Annual report of the Punjab Veterinary College and of the Civil Veterinary Department, Punjab - 1920-1925
Year: 1920
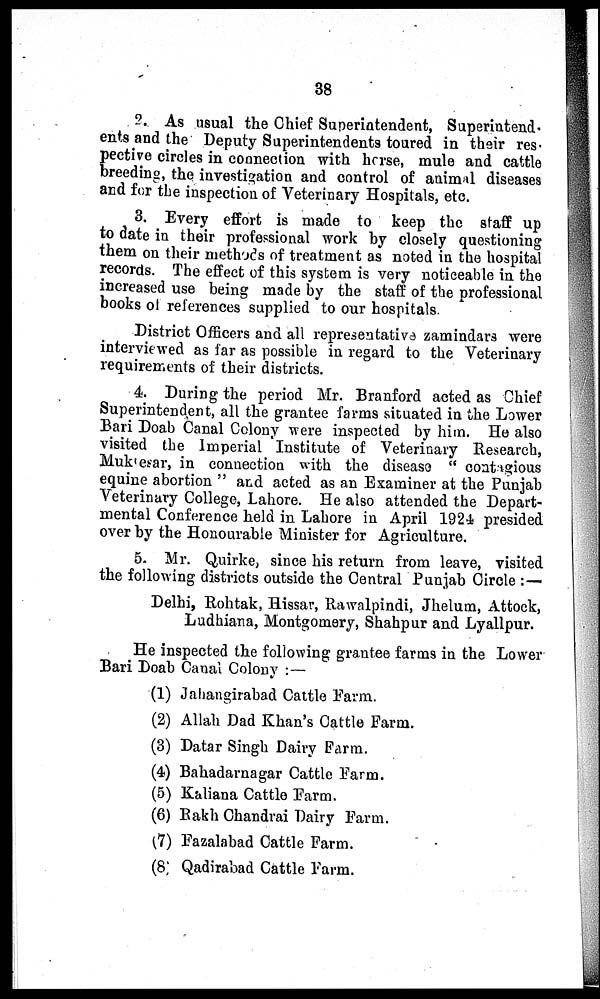
38
2. As usual the Chief Superintendent, Superintend-
ents and the Deputy Superintendents toured in their res-
pective circles in connection with horse, mule and cattle
breeding, the investigation and control of animal diseases
and for the inspection of Veterinary Hospitals, etc.
3. Every effort is made to keep the staff up
to date in their professional work by closely questioning
them on their methods of treatment as noted in the hospital
records. The effect of this system is very noticeable in the
increased use being made by the staff of the professional
books of references supplied to our hospitals.
District Officers and all representative zamindars were
interviewed as far as possible in regard to the Veterinary
requirements of their districts.
4. During the period Mr. Branford acted as Chief
Superintendent, all the grantee farms situated in the Lower
Bari Doab Canal Colony were inspected by him. He also
visited the Imperial Institute of Veterinary Research,
Mukresar, in connection with the disease "contagious
equine abortion" and acted as an Examiner at the Punjab
Veterinary College, Lahore. He also attended the Depart-
mental Conference held in Lahore in April 1924 presided
over by the Honourable Minister for Agriculture.
5. Mr. Quirke, since his return from leave, visited
the following districts outside the Central Punjab Circle:—
Delhi, Rohtak, Hissar, Rawalpindi, Jhelum, Attock,
Ludhiana, Montgomery, Shahpur and Lyallpur.
He inspected the following grantee farms in the Lower
Bari Doab Canal Colony:—
(1) Jahangirabad Cattle Farm.
(2) Allah Dad Khan's Cattle Farm.
(3) Datar Singh Dairy Farm.
(4) Bahadarnagar Cattle Farm.
(5) Kaliana Cattle Farm.
(6) Rakh Chandrai Dairy Farm.
(7) Fazalabad Cattle Farm.
(8) Qadirabad Cattle Farm.